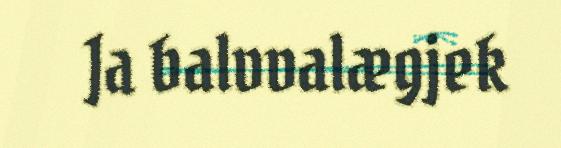
Ja balvvalægjek